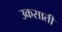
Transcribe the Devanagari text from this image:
उकसातीं